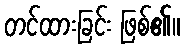
တင်ထားခြင်း ဖြစ်၏။